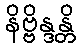
နိဗ္ဗိန္ဒန္တိ